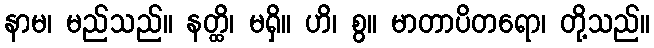
နာမ၊ မည်သည်။ နတ္ထိ၊ မရှိ။ ဟိ၊ စွ။ မာတာပိတရော၊ တို့သည်။